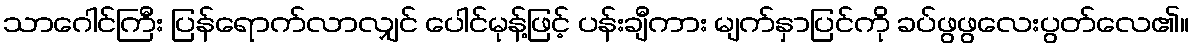
သာဂေါင်ကြီး ပြန်ရောက်လာလျှင် ပေါင်မုန့်ဖြင့် ပန်းချီကား မျက်နှာပြင်ကို ခပ်ဖွဖွလေးပွတ်လေ၏။